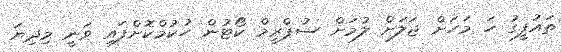
ތައުފީގު ހަ މަހަށް ޖަލަށް ލުމަށް ސުޕްރީމް ކޯޓުން ހުކުމްކޮށްފައި ވަނީ މިދިޔަ